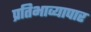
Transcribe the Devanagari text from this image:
प्रतिभाव्यापार